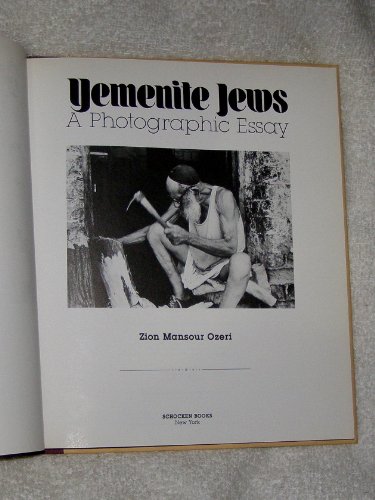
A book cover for Yemenite Jews; Z Ozeri; History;